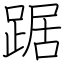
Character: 踞